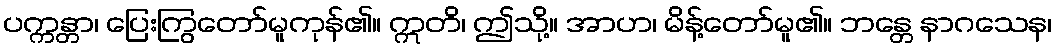
ပက္ကန္တာ၊ ပြေးကြွတော်မူကုန်၏။ ဣတိ၊ ဤသို့။ အာဟ၊ မိန့်တော်မူ၏။ ဘန္တေ နာဂသေန၊